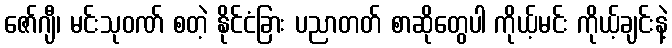
ဇော်ဂျီ၊ မင်းသုဝဏ် စတဲ့ နိုင်ငံခြား ပညာတတ် စာဆိုတွေပါ ကိုယ့်မင်း ကိုယ့်ချင်းနဲ့